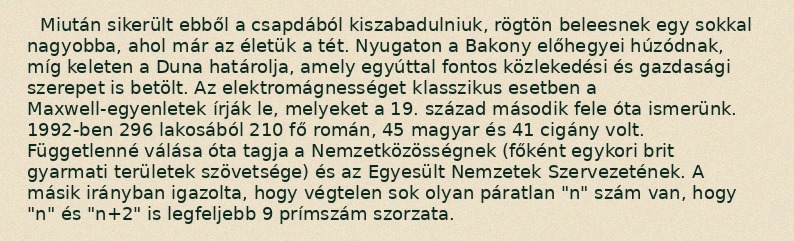
Miután sikerült ebből a csapdából kiszabadulniuk, rögtön beleesnek egy sokkal nagyobba, ahol már az életük a tét. Nyugaton a Bakony előhegyei húzódnak, míg keleten a Duna határolja, amely egyúttal fontos közlekedési és gazdasági szerepet is betölt. Az elektromágnességet klasszikus esetben a Maxwell-egyenletek írják le, melyeket a 19. század második fele óta ismerünk. 1992-ben 296 lakosából 210 fő román, 45 magyar és 41 cigány volt. Függetlenné válása óta tagja a Nemzetközösségnek (főként egykori brit gyarmati területek szövetsége) és az Egyesült Nemzetek Szervezetének. A másik irányban igazolta, hogy végtelen sok olyan páratlan "n" szám van, hogy "n" és "n+2" is legfeljebb 9 prímszám szorzata.